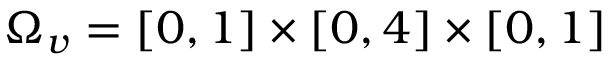
\Omega _ { v } = \left[ 0 , 1 \right] \times \left[ 0 , 4 \right] \times \left[ 0 , 1 \right]